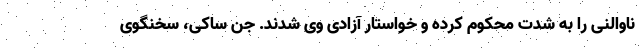
ناوالنی را به شدت محکوم کرده و خواستار آزادی وی شدند. جن ساکی، سخنگوی